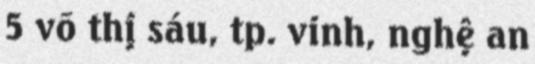
5 võ thị sáu, tp. vinh, nghệ an